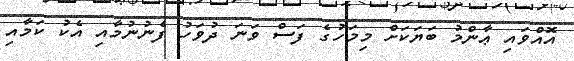
އޮއްވައި ޢާންމު ބަޔަކަށް މިމަހުގެ ފަސް ވަނަ ދުވަހު ފެނުނުމާއި އެކު ކަމާއި